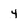
Character: 4